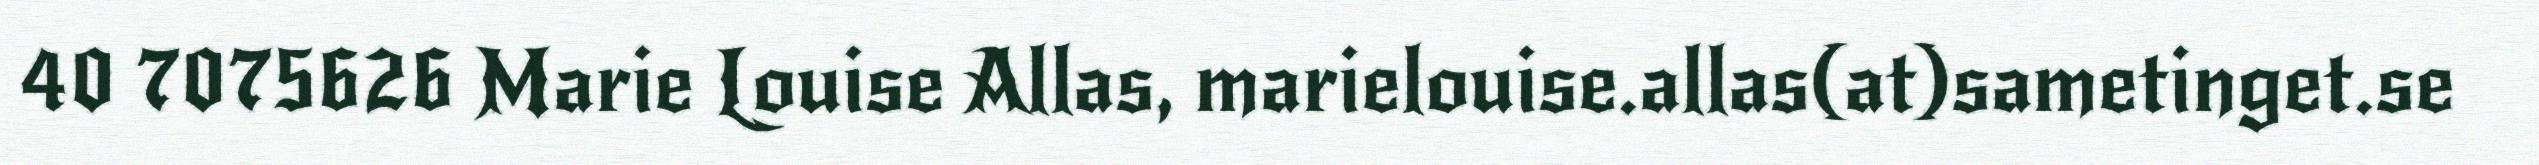
40 7075626 Marie Louise Allas, marielouise.allas(at)sametinget.se